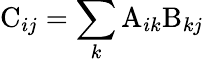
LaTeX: \mathrm{C}_{ij}=\sum_{k}\mathrm{A}_{ik}\mathrm{B}_{kj}